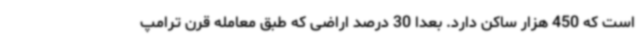
است که 450 هزار ساکن دارد. بعدا 30 درصد اراضی که طبق معامله قرن ترامپ